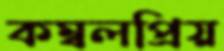
কম্বলপ্রিয়